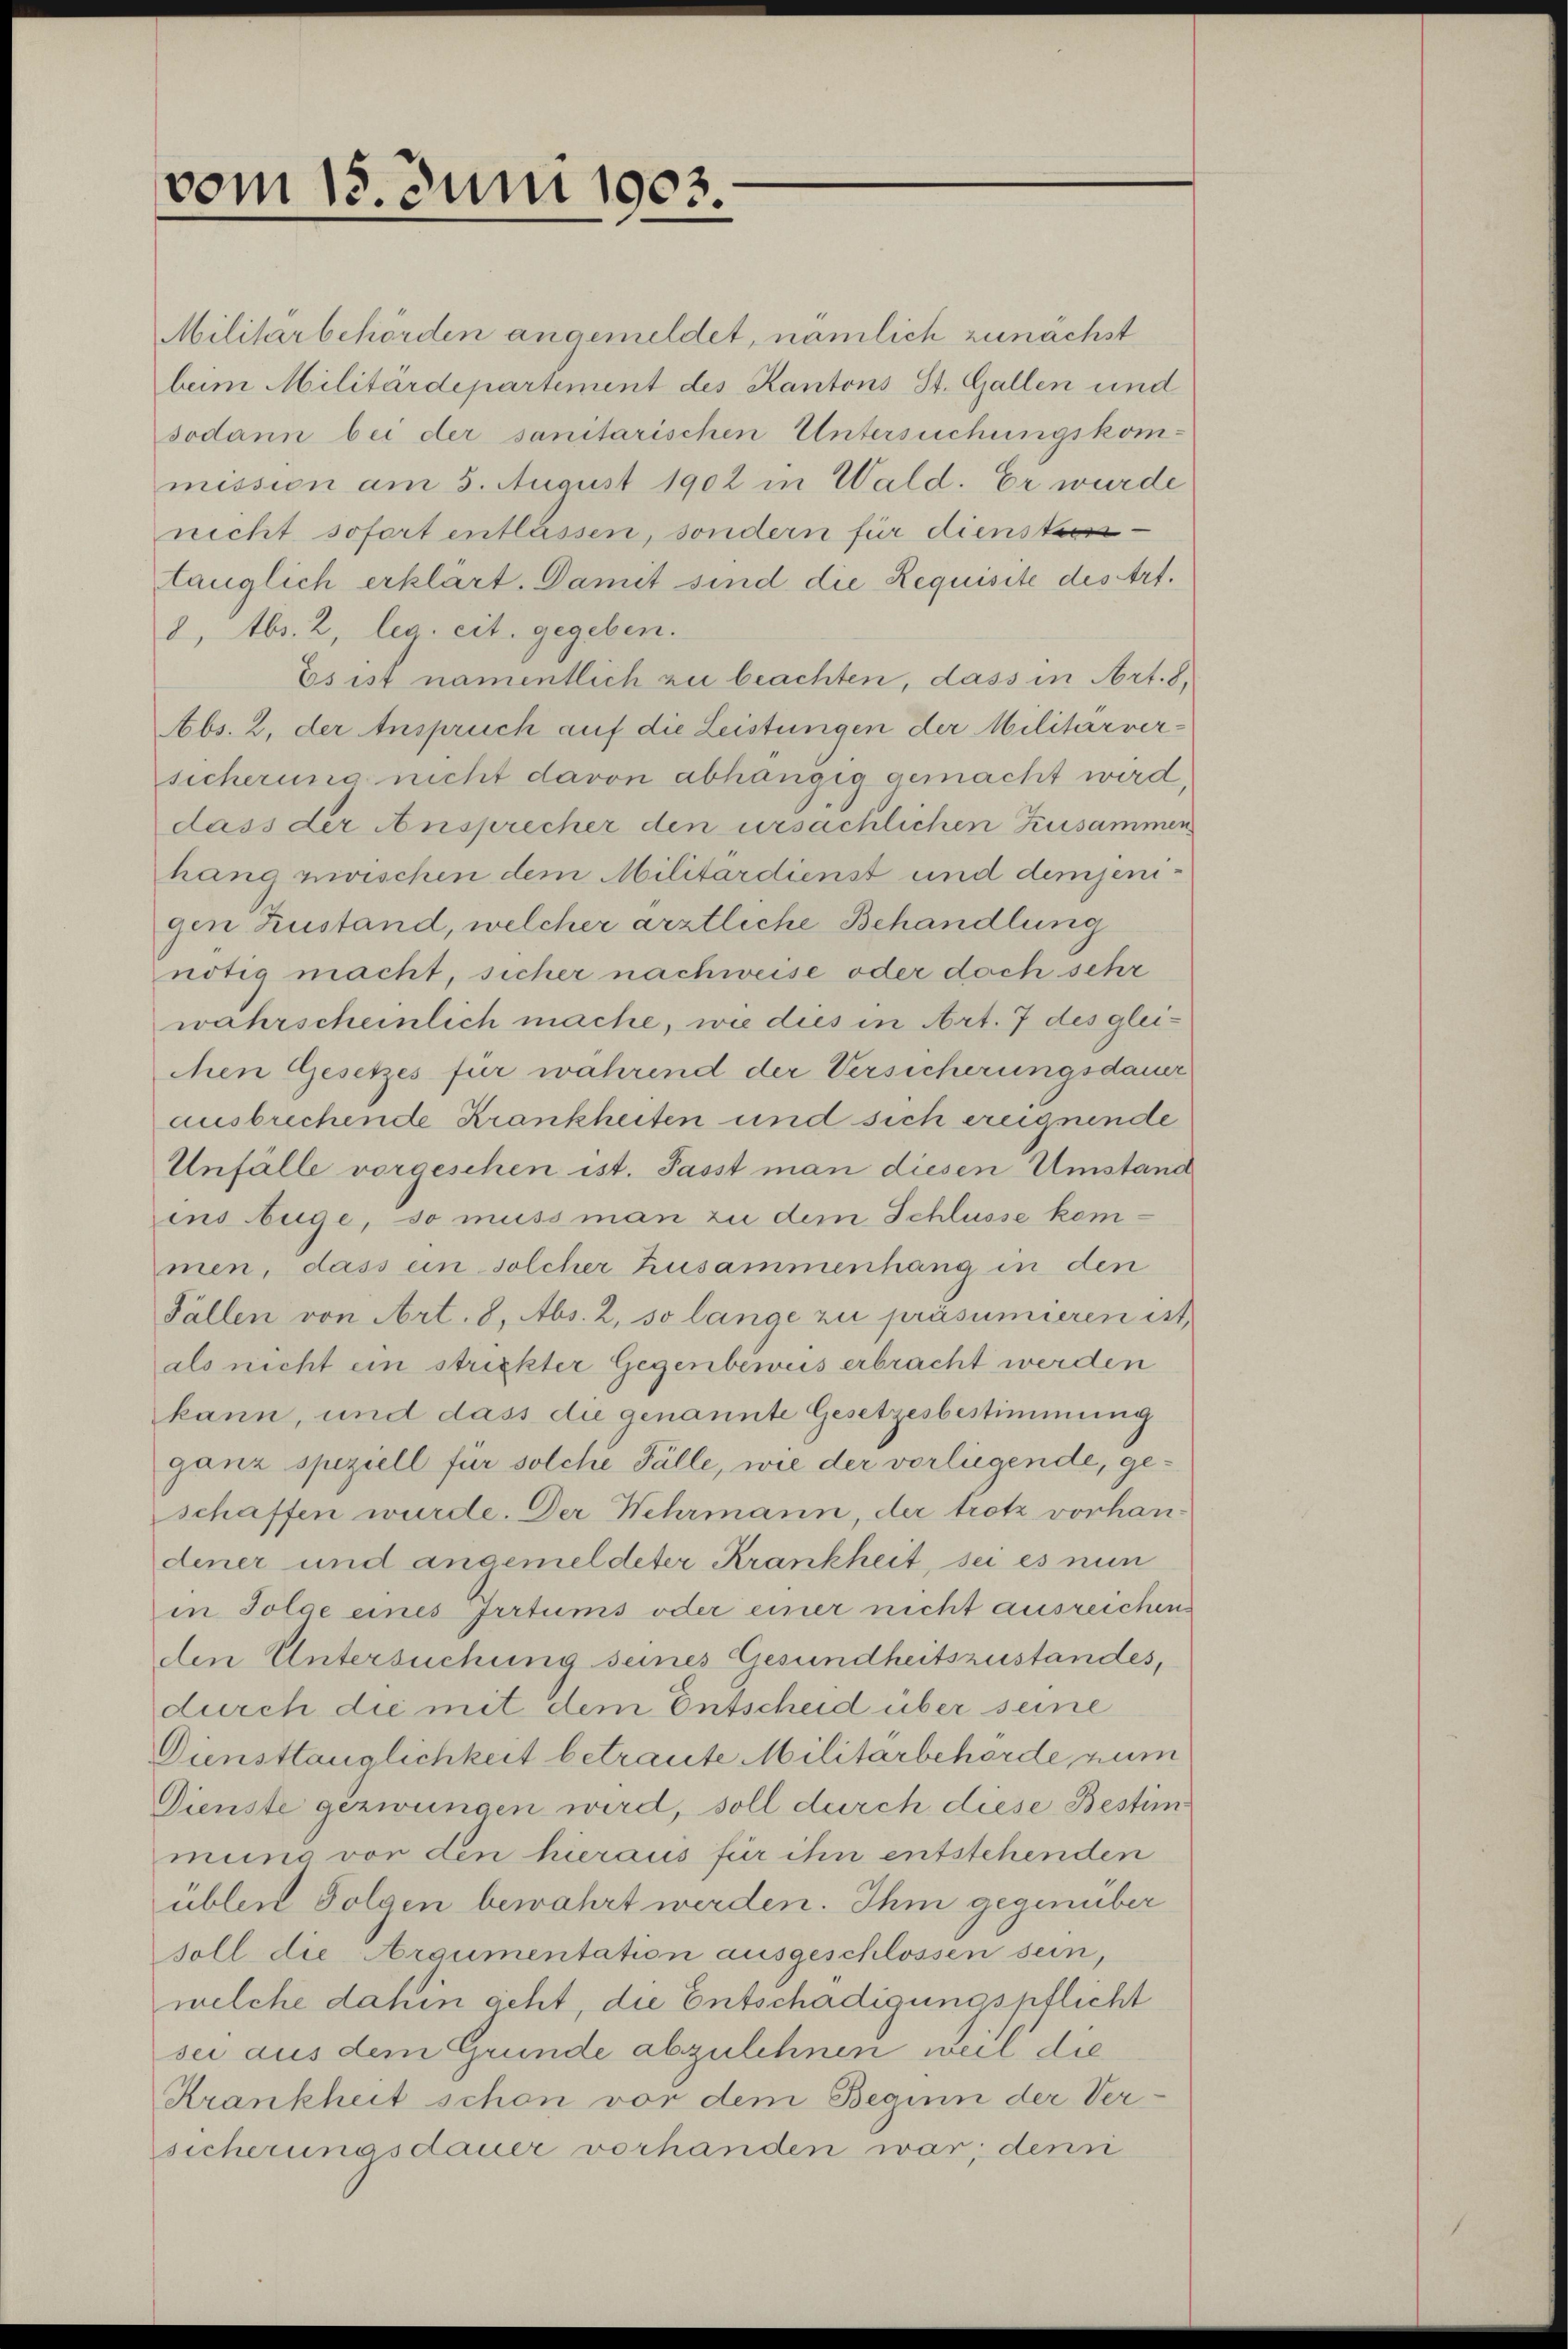
vom 15. Juni 1903.

Militarbehörden angemeldet, nämlich zunächst
bum Militärdepartement des Kantons St. Gallen und
sodann bei der sanitarischen Untersuchungskommission am 5. August 1902 in Wald. Er wurde
nicht sofort entlassen, sondern für diensteen
tänglich erklärt. Damit sind die Requisite des Art.
8, Abs. 2, leg. cit. gegeben.
Es ist namentlich zu beachten, dass in Art. 8,
Abs. 2, der Anspruch auf die Leistungen der Militärversicherung nicht davon abhängig gemacht wird,
dass der Ansprecher den ursachlichen Zusammen
hang zwischen dem Militärdienst und demjenigen Zustand, welcher ärztliche Behandlung
nötig macht, sicher nachweise oder doch sehr
wahrscheinlich mache, wie dies in Art. 7 des gleichen Gesetzes für wahrend der Versicherungsdauer
ausbrechende Krankheiten und sich ereignende
Unfälle vorgeschen ist. Passt man diesen Umstand
ins buge, so muss man zu dem Schlusse kommen, dass ein solcher Zusammenhang in den
Fällen von Art. 8, Abs. 2, so lange zu präsumieren ist,
als nicht ein strickter Gegenbeweis erbracht werden
kann, und dass die genannte Gesetzesbestimmung
ganz speziell für solche Fälle, wie der vorliegende, geschaffen wurde. Der Wehrmann, der trotz vorhandener und angemeldeter Krankheit, sei es nun
in Folge eines Irrtums oder einer nicht ausreichen
den Untersuchung seines Gesundheitszustandes,
durch die mit dem Entscheid über seine
Diensttauglichkeit betraute Militärbehörde zum
Dienste gezwungen wird, soll durch diese Bestimmung vor den hieraus für ihn entstehenden
üblen Folgen bewahrt werden. Ihm gegenüber
soll die Araumentation ausgeschlossen sein,
welche dahin geht, die Entschädigungspflicht
sei aus dem Grunde abzulehnen, weil die
Krankheit schon vor dem Beginn der Versicherungsdauer vorhanden war; den